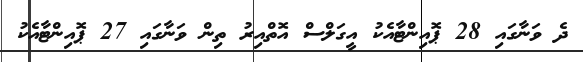
ދެ ވަނާގައި 28 ޕޮއިންޓާއެކު އީގަލްސް އޮތްއިރު ތިން ވަނާގައި 27 ޕޮއިންޓާއެކު